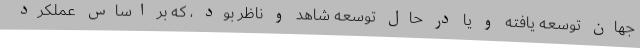
جهان توسعه یافته و یا در حال توسعه شاهد و ناظر بود ، که بر اساس عملکرد